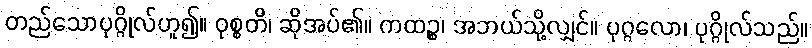
တည်သောပုဂ္ဂိုလ်ဟူ၍။ ဝုစ္စတိ၊ ဆိုအပ်၏။ ကထဉ္စ၊ အဘယ်သို့လျှင်။ ပုဂ္ဂလော၊ ပုဂ္ဂိုလ်သည်။